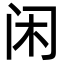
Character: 闲